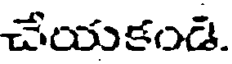
చేయకండి.